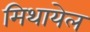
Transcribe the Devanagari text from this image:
मिथायेल